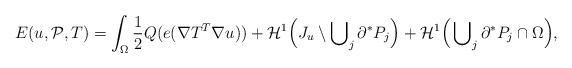
LaTeX: \begin{align*}E(u,{\cal P},T) = \int_\Omega \frac{1}{2} Q(e(\nabla T^T \nabla u)) + {\cal H}^1\Big(J_u \setminus \bigcup\nolimits_j\partial^* P_j\Big) + {\cal H}^1\Big(\bigcup\nolimits_j \partial^* P_j \cap \Omega\Big),\end{align*}